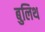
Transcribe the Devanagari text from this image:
बुलिथ